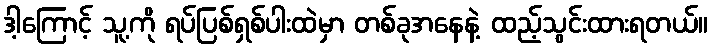
ဒါ့ကြောင့် သူ့ကို ရပ်ပြစ်ရှစ်ပါးထဲမှာ တစ်ခုအနေနဲ့ ထည့်သွင်းထားရတယ်။